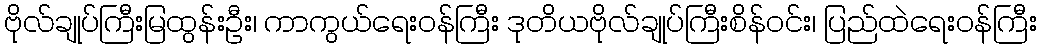
ဗိုလ်ချုပ်ကြီးမြထွန်းဦး၊ ကာကွယ်ရေးဝန်ကြီး ဒုတိယဗိုလ်ချုပ်ကြီးစိန်ဝင်း၊ ပြည်ထဲရေးဝန်ကြီး